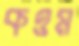
কওম